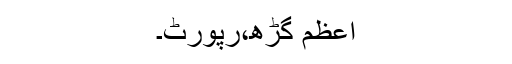
اعظم گڑھ،رپورٹ۔